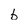
Character: b